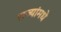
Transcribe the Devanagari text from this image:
राज्यांमधे